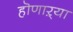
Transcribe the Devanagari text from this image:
हॊणाऱ्या